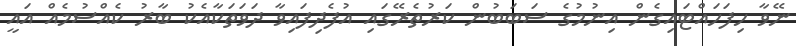
ނޭވާ ހިފަހައްޓައިގެން އިނުމުގެ ސަބަބުން ކަރުތެރޭގައި އުފެދިފައިވާ ދަވަތަކާއެކު ބާރު ކެއްސުމެއް އައީ